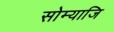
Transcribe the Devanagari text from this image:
सोम्याजि